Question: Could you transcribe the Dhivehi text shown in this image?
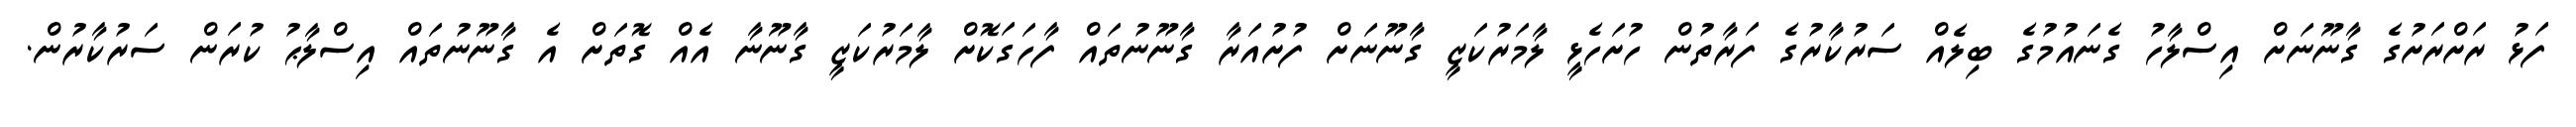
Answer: ފަޅު ރަށްރަށުގެ ގާނޫނަށް އިސްލާހު ގެނައުމުގެ ބިލެއް ސަރުކާރުގެ ފަރާތުން ހުށަހެޅީ ލާމަރުކަޒީ ގާނޫނަށް ފުށުއަރާ ގާނޫނުތައް ފާހަގަކޮށް ލާމަރުކަޒީ ގާނޫނާ އެއް ގޮތަށް އެ ގާނޫނުތައް އިސްލާޙު ކުރަން ސަރުކާރުން.